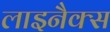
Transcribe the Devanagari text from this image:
लाइनैक्स